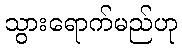
သွားရောက်မည်ဟု